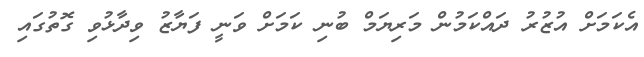
އެކަމަށް އުޒުރު ދައްކަމުން މަރިޔަމް ބުނި ކަމަށް ވަނީ ފަޔާޒު ވިދާޅުވި ގޮތުގައި